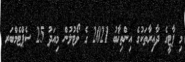
މި ޕާޓީގެ ދާއިރާތަކުގެ އިންތިޚާބު 2021 ގެ ވޯޓުލުން މިއަދު 25 ސެޕްޓެމްބަރ